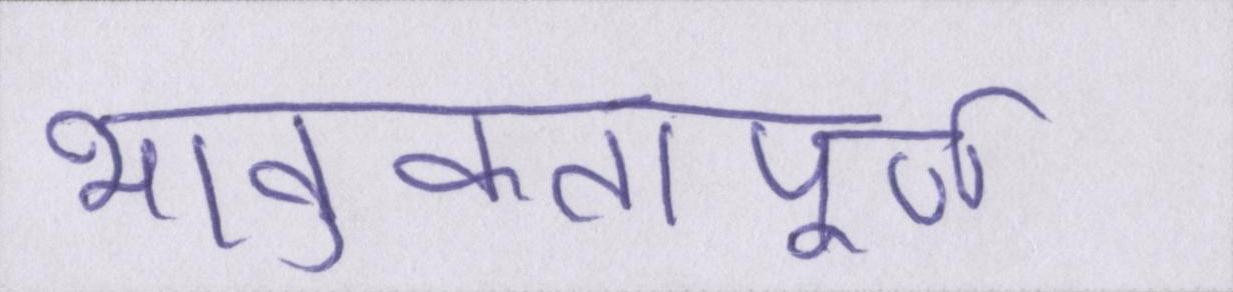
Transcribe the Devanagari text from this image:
भावुकतापूर्ण